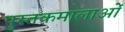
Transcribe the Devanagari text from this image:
पुस्तकमालाओं